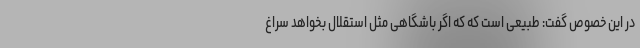
در این خصوص گفت: طبیعی است که که اگر باشگاهی مثل استقلال بخواهد سراغ